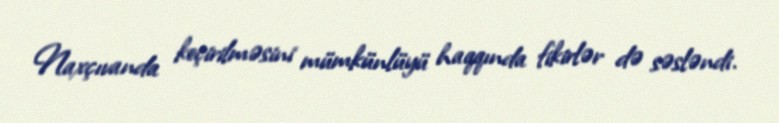
Naxçıvanda keçirilməsini mümkünlüyü haqqında fikirlər də səsləndi.